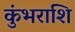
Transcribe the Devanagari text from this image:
कुंभराशि